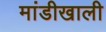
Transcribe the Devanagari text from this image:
मांडीखाली